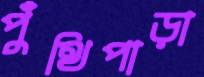
পুঁথিপাড়া